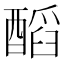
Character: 𨢝